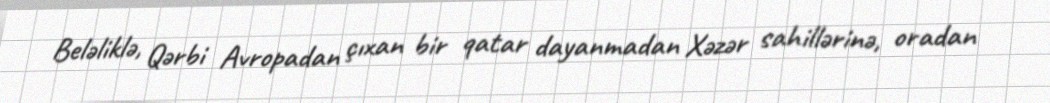
Beləliklə, Qərbi Avropadan çıxan bir qatar dayanmadan Xəzər sahillərinə, oradan